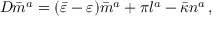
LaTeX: D { \bar { m } } ^ { a } = ( { \bar { \varepsilon } } - \varepsilon ) { \bar { m } } ^ { a } + \pi l ^ { a } - { \bar { \kappa } } n ^ { a } \, ,